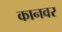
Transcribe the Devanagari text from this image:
कानवर